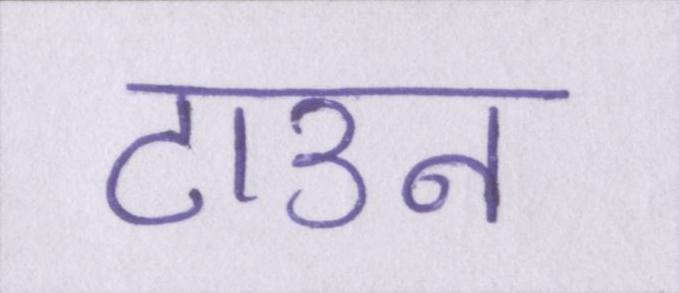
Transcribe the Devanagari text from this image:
टाउन